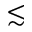
\lesssim